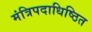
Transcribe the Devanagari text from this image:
मंत्रिपदाधिष्ठित